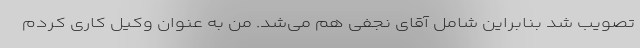
تصویب شد بنابراین شامل آقای نجفی هم می‌شد. من به عنوان وکیل کاری کردم